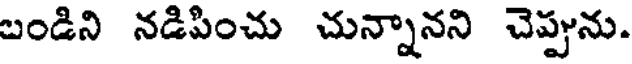
బండిని నడిపించు చున్నానని చెప్పును.